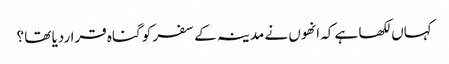
کہاں لکھا ہے کہ انھوں نے مدینہ کے سفر کو گناہ قراردیا تھا ؟